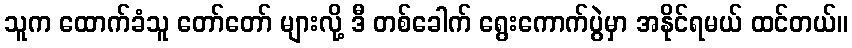
သူက ထောက်ခံသူ တော်တော် များလို့ ဒီ တစ်ခေါက် ရွေးကောက်ပွဲမှာ အနိုင်ရမယ် ထင်တယ်။